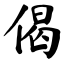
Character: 偈